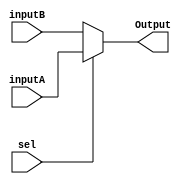
module FlagMux (
    output reg [3:0] Output,
    input [3:0] inputA,
    input [3:0] inputB,
    input sel
);
    always@ (inputA, inputB, sel) begin
        if(sel == 1) begin
            Output = inputA;    // Old flags
        end else begin
            Output = inputB;    // New flags
        end
    end
endmodule